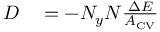
\begin{array} { r l } { D } & { { } = - N _ { y } N \frac { \Delta E } { A _ { \mathrm { { C V } } } } } \end{array}